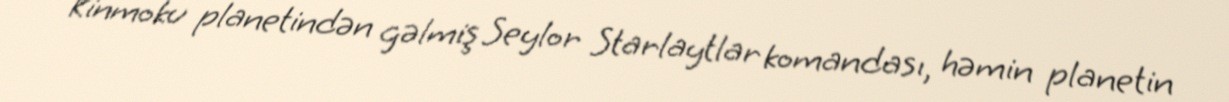
Kinmoku planetindən gəlmiş Seylor Starlaytlar komandası, həmin planetin